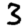
Digit: 3